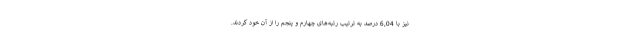
نیز با 6,04 درصد به ترتیب رتبه‌های چهارم و پنجم را از آن خود کردند.